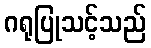
ဂရုပြုသင့်သည်